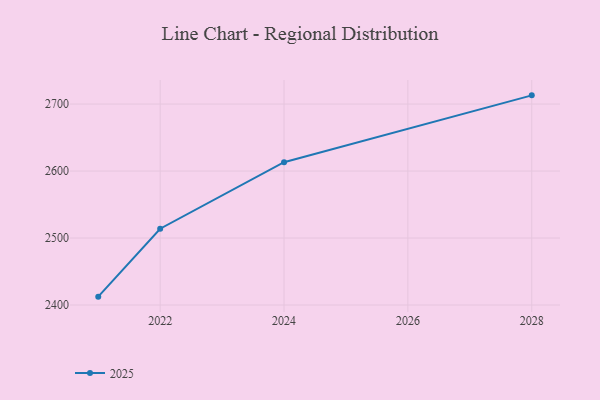
{"axis": {"x": "Year", "y": "Conversion Rate (%)"}, "legend": ["2025"], "data": [{"x": "2028", "y": 2713.0, "type": "2025"}, {"x": "2024", "y": 2613.2, "type": "2025"}, {"x": "2022", "y": 2513.9, "type": "2025"}, {"x": "2021", "y": 2412.5, "type": "2025"}]}